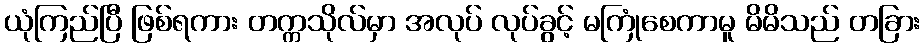
ယုံကြည်ပြီ ဖြစ်ရကား တက္ကသိုလ်မှာ အလုပ် လုပ်ခွင့် မကြုံစေကာမူ မိမိသည် တခြား